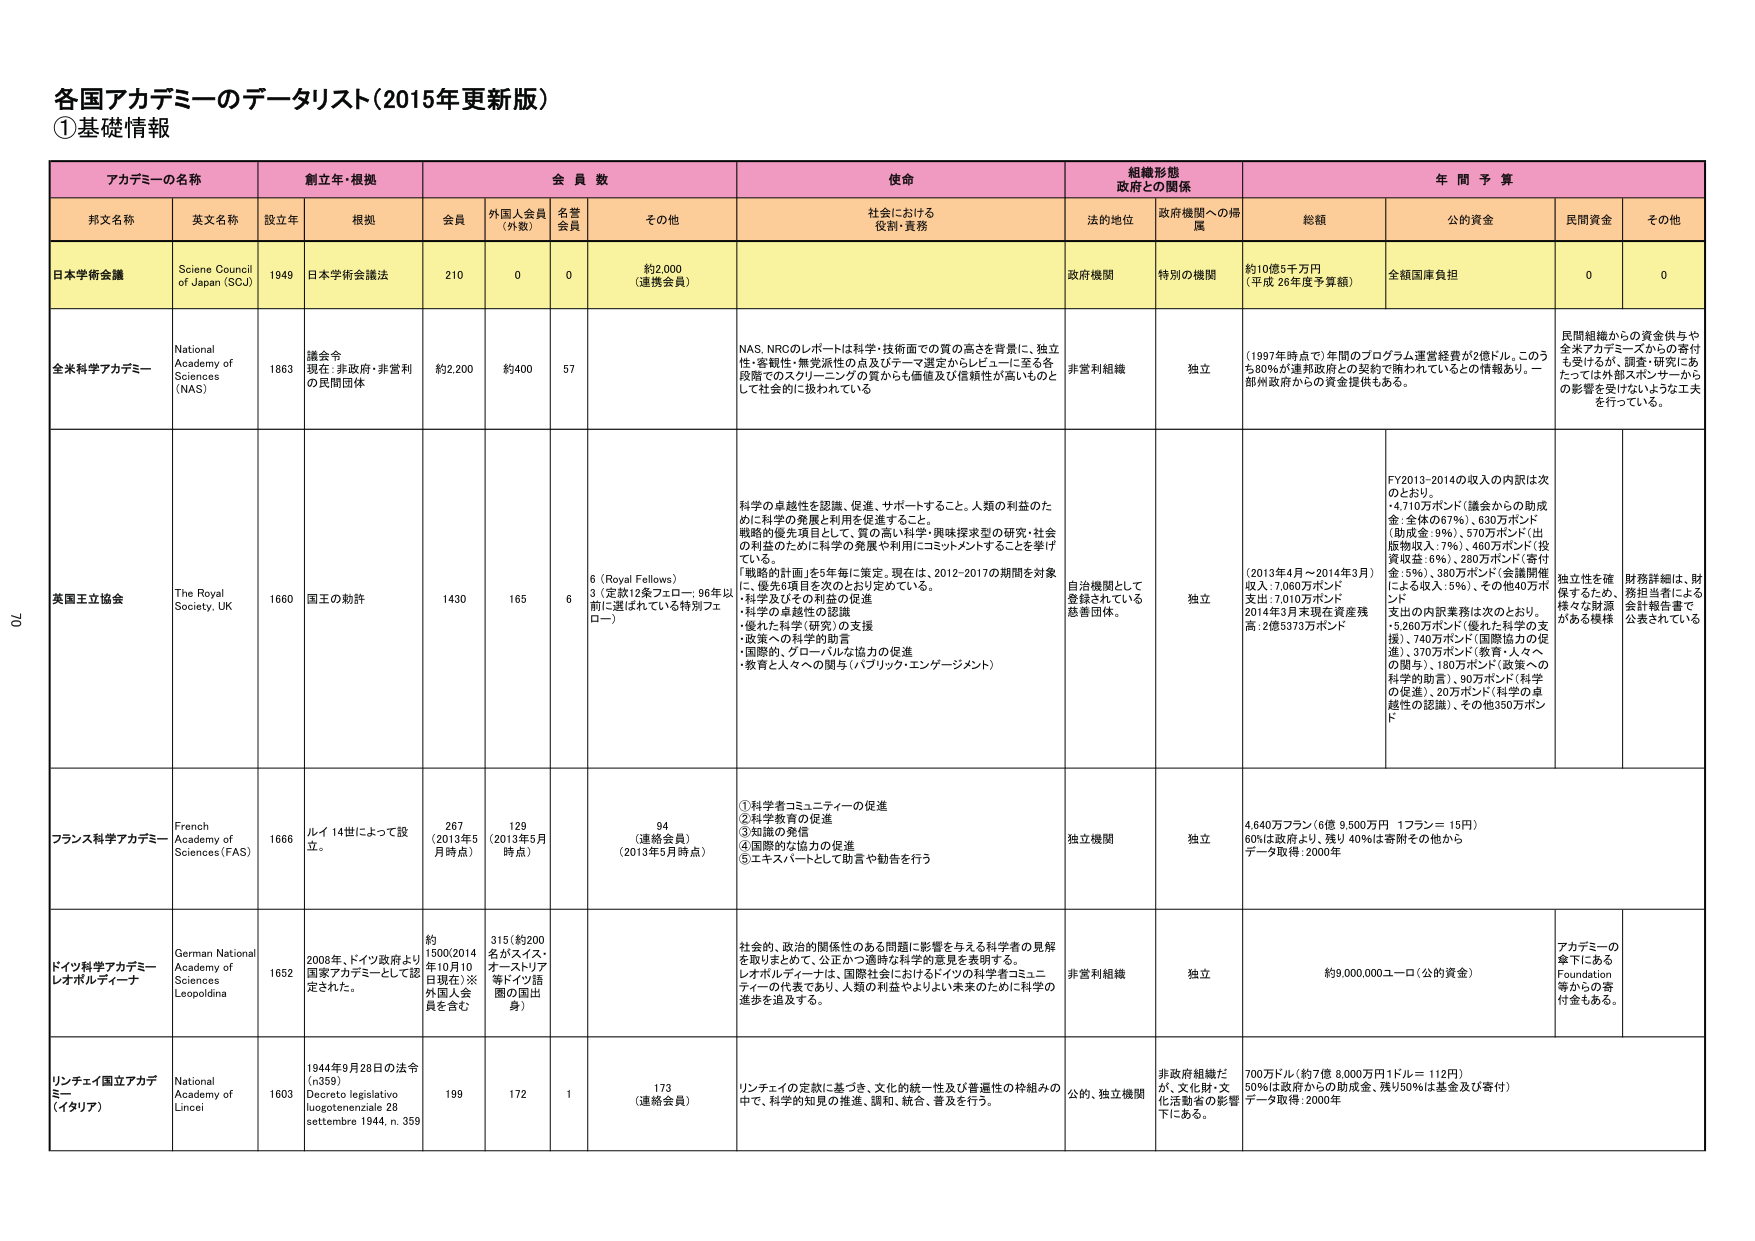
各国アカデミーのデータリスト（2015年更新版）
①基礎情報

アカデミーの名称　　創立年・根拠　　会員数　　使命　　組織形態　　年間予算
　　　　　　　　　　政府との関係

邦文名称　　英文名称　　設立年　　根拠　　会員　　外国人会員（外数）　　名誉会員　　その他　　社会における役割・責務　　法的地位　　政府機関への帰属　　総額　　公的資金　　民間資金　　その他

日本学術会議　　Science Council of Japan (SCJ)　　1949　　日本学術会議法　　210　　0　　0　　約2,000（連携会員）　　政府機関　　特別の機関　　約10億5千万円（平成26年度予算額）　　全額国庫負担　　0　　0

全米科学アカデミー　　National Academy of Sciences (NAS)　　1863　　議会令 現在：非政府・非営利の民間団体　　約2,200　　約400　　57　　NAS、NRCのレポートは科学・技術面での質の高さを背景に、独立性・客観性・無党派性の点及びテーマ選定からレビューに至る各段階でのスクリーニングの質からも価値及び信頼性が高いものとして社会的に扱われている　　非営利組織　　独立　　（1997年時点）年間のプログラム運営経費が2億ドル。このうち80％が連邦政府との契約で賄われているとの情報あり。一部州政府からの資金提供もある。　　民間組織からの資金供与や全米アカデミーズからの寄付も受けるが、調査・研究にあたっては外部スポンサーからの影響を受けないような工夫を行っている。

英国王立協会　　The Royal Society, UK　　1660　　国王の勅許　　1430　　165　　6　　6（Royal Fellows） 3（定款12条フェロー：96年以前に選ばれている特別フェロー）　　科学の卓越性を認識、促進、サポートすること。人類の利益のために科学の発展と利用を促進すること。 戦略的優先項目として、質の高い科学・興味探求型の研究・社会の利益のために科学の発展や利用にコミットメントすることを挙げている。 「戦略的計画」を5年毎に策定。現在は、2012-2017の期間を対象に、優先6項目を次のとおり定めている。 ・科学の卓越性の認識 ・優れた科学（研究）の支援 ・政策への科学的助言 ・国際的、グローバルな協力の促進 ・教育と人々への関与（パブリック・エンゲージメント）　　自治機関として登録されている慈善団体。　　独立　　（2013年4月～2014年3月）収入：7,060万ポンド 支出：7,010万ポンド 2014年3月末現在資産残高：2億5373万ポンド　　FY2013-2014の収入の内訳は次のとおり。 ・4,710万ポンド（議会からの助成金：全体の67％）、630万ポンド（助成金：9％）、570万ポンド（出版物収入：7％）、460万ポンド（投資収益：6％）、280万ポンド（寄付金：5％）、380万ポンド（会議開催による収入：5％）、その他40万ポンド 支出の内訳業務は次のとおり。 ・5,260万ポンド（優れた科学の支援）、740万ポンド（国際協力の促進）、370万ポンド（教育・人々への関与）、180万ポンド（政策への科学的助言）、90万ポンド（科学の促進）、20万ポンド（科学の卓越性の認識）、その他350万ポンド　　独立性を確保するため、様々な財源がある模様　　財務詳細は、財務担当者による会計報告書で公表されている

フランス科学アカデミー　　French Academy of Sciences (FAS)　　1666　　ルイ14世によって設立。　　267（2013年5月時点）　　129（2013年5月時点）　　94（連絡会員）（2013年5月時点）　　①科学者コミュニティの促進 ②科学教育の促進 ③知識の発信 ④国際的な協力の促進 ⑤エキスパートとして助言や勧告を行う　　独立機関　　独立　　4,640万フラン（6億9,500万円 1フラン＝15円） 60％は政府より、残り40％は寄附その他から データ取得：2000年

ドイツ科学アカデミーレオポルディーナ　　German National Academy of Sciences Leopoldina　　1652　　2008年、ドイツ政府より国家アカデミーとして認定された。　　約1500（2014年10月10日現在）※外国人会員を含む　　315（約200名がスイス・オーストリア等ドイツ語圏の国出身）　　　社会的、政治的関係性のある問題に影響を与える科学者の見解を取りまとめて、公正かつ適時な科学的意見を表明する。 レオポルディーナは、国際社会におけるドイツの科学者コミュニティの代表であり、人類の利益やよりよい未来のために科学の進歩を追及する。　　非営利組織　　独立　　約9,000,000ユーロ（公的資金）　　アカデミーの傘下にあるFoundation等からの寄付金もある。

リンチェイ国立アカデミー（イタリア）　　National Academy of Lincei　　1603　　1944年9月28日の法令（n359） Decreto legislativo luogotenenziale 28 settembre 1944, n. 359　　199　　172　　1　　173（連絡会員）　　リンチェイの定款に基づき、文化的統一性及び普遍性の枠組みの中で、科学的知見の推進、調和、統合、普及を行う。　　公的、独立機関　　非政府組織だが、文化財・文化活動省の影響下にある。　　700万ドル（約7億8,000万円1ドル＝112円） 50％は政府からの助成金、残り50％は基金及び寄付） データ取得：2000年

70